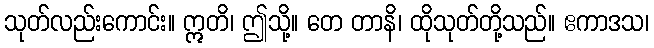
သုတ်လည်းကောင်း။ ဣတိ၊ ဤသို့။ တေ တာနိ၊ ထိုသုတ်တို့သည်။ ဧကာဒသ၊